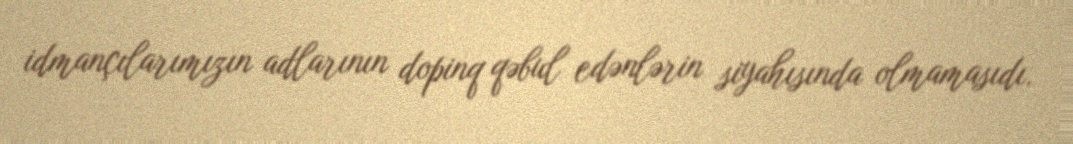
idmançılarımızın adlarının dopinq qəbul edənlərin siyahısında olmamasıdı.